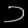
Digit: ၁